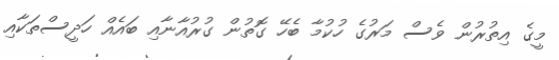
މީގެ އިތުރުން ވެސް މަރުގެ ހުކުމާ ބެހޭ ގޮތުން ގުރުއާނާއި ބައެއް ހަދީސްތަކާއި